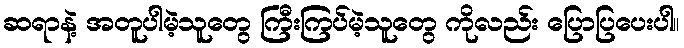
ဆရာနဲ့ အတူပါမဲ့သူတွေ ကြီးကြပ်မဲ့သူတွေ ကိုလည်း ပြောပြပေးပါ။